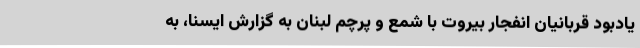
یادبود قربانیان انفجار بیروت با شمع و پرچم لبنان به گزارش ایسنا، به